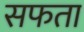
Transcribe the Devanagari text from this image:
सफता